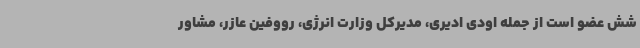
شش عضو است از جمله اودی ادیری، مدیرکل وزارت انرژی، رووفین عازر، مشاور